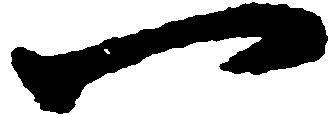
一